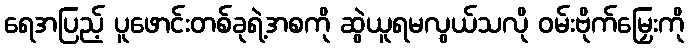
ရေအပြည့် ပူဖောင်းတစ်ခုရဲ့အစကို ဆွဲယူရမလွယ်သလို ဝမ်းဗိုက်မြှေးကို